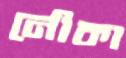
নৌকা